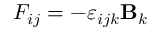
F _ { i j } = - \varepsilon _ { i j k } { \bf B } _ { k }